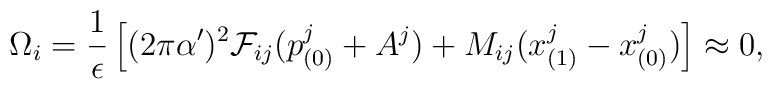
\Omega_i = \frac{1}{\epsilon}\left[ (2\pi\alpha')^2 {\cal F}_{ij}  (p_{(0)}^j + A^j) + M_{ij} (x_{(1)}^j - x_{(0)}^j )\right] \approx 0,